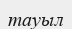
тауыл